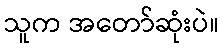
သူက အတော်ဆုံးပဲ။